Vaccination North-Western Provinces and Oudh 1896-1901 - 1896-1901
Year: 1896
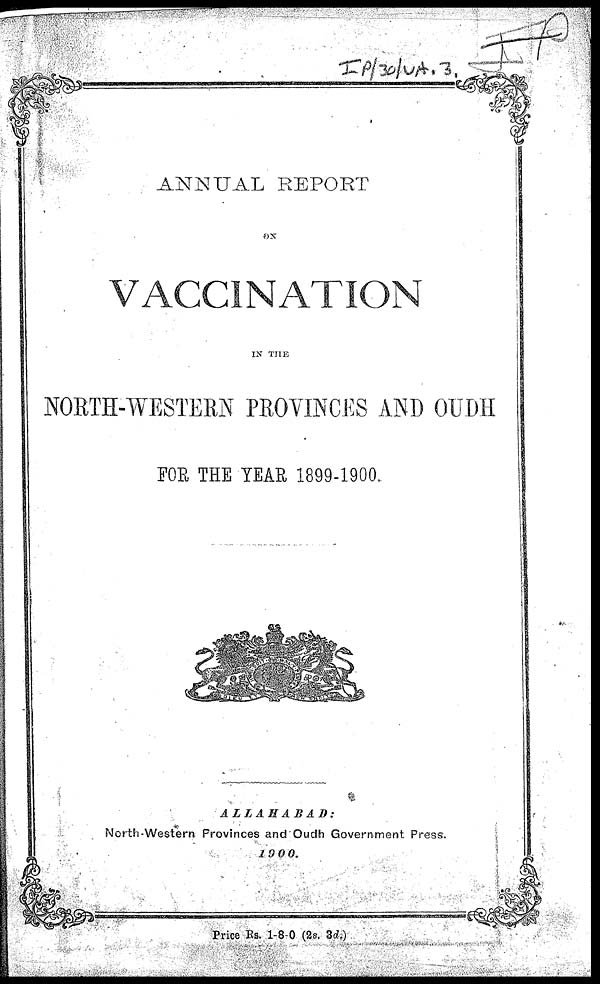
ANNUAL REPORT
ON
VACCINATION
IN THE
NORTH-WESTERN PROVINCES AND OUDH
FOR THE YEAR 1899-1900.
ALLAHABAD:
North-Western Provinces and Oudh Government Press.
1900.
Price Rs 1-8-0 (2s. 3d)